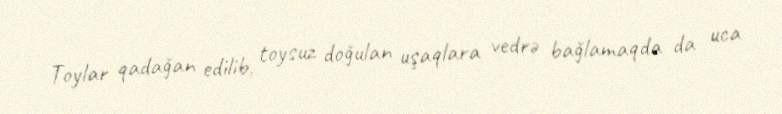
Toylar qadağan edilib, toysuz doğulan uşaqlara vedrə bağlamaqda da uca